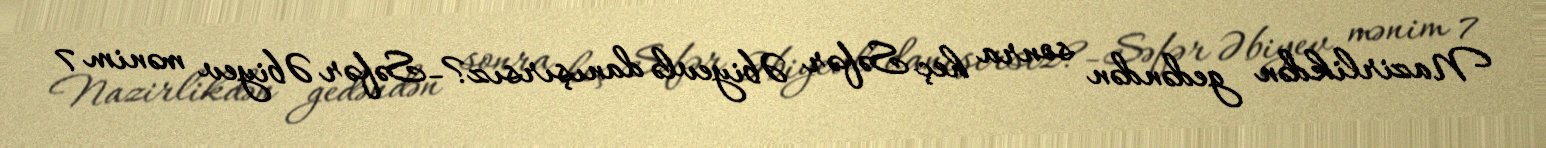
Nazirlikdən gedəndən sonra heç Səfər Əbiyevlə danışırsız?- Səfər Əbiyev mənim 7